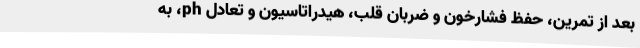
بعد از تمرین، حفظ فشارخون و ضربان قلب، هیدراتاسیون و تعادل ph، به